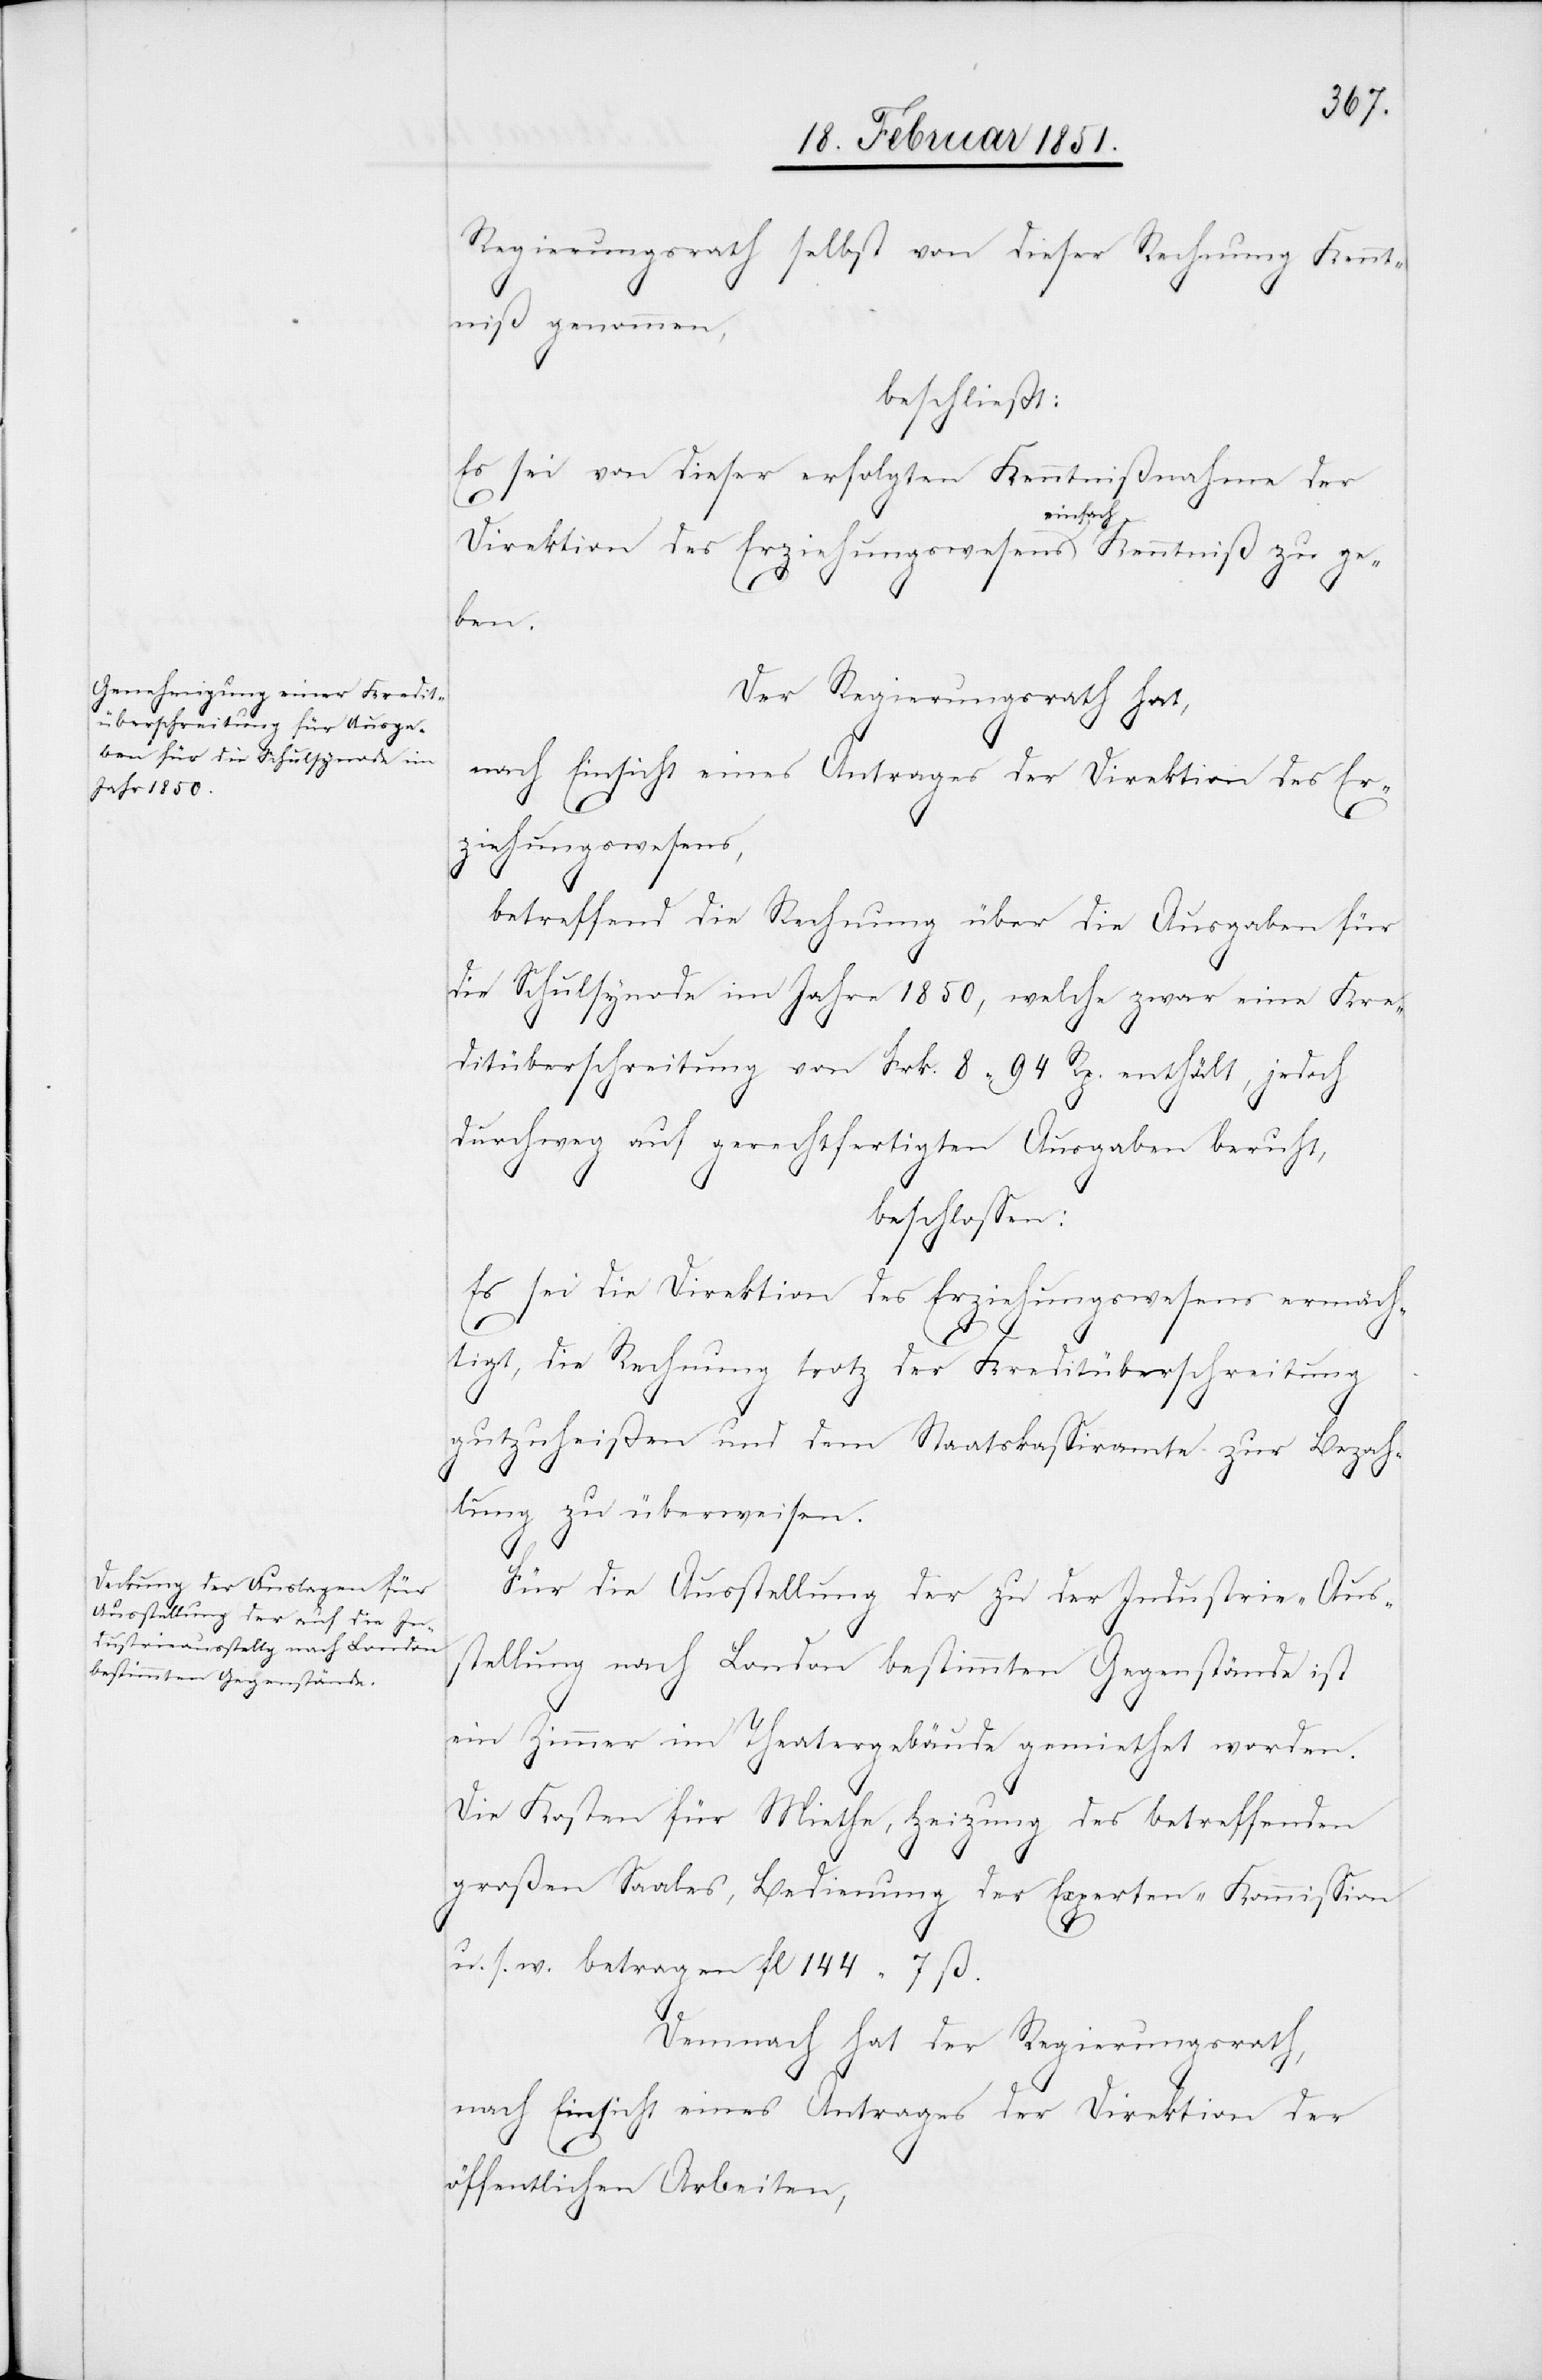
Regierungsrath selbst von dieser Rechnung Kennt¬
niß genommen,
beschließt:
Es sei von dieser erfolgten Kenntnißnahme der
Direktion des Erziehungswesens einfach Kenntniß zu ge¬
ben.
Der Regierungsrath hat,
nach Einsicht eines Antrages der Direktion des Er¬
ziehungswesens,
betreffend die Rechnung über die Ausgaben für
die Schulsynode im Jahre 1850, welche zwar eine Kre¬
ditüberschreitung von Frk. 8 94 Rp. enthält, jedoch
durchweg auf gerechtfertigten Ausgaben beruht,
beschlossen:
Es sei die Direktion des Erziehungswesens ermäch¬
tigt, die Rechnung trotz der Kreditüberschreitung
gutzuheißen und dem Staatskassiramte zur Bezah¬
lung zu überweisen.
Für die Ausstellung der zu der Industrie-Aus¬
stellung nach London bestimmten Gegenstände ist
ein Zimmer im Theatergebäude gemiethet worden.
Die Kosten für Miethe, Heizung des betreffenden
großen Saales, Bedienung der Experten-Kommission
u. s. w. betragen fl 144 7 ß.
Demnach hat der Regierungsrath,
nach Einsicht eines Antrages der Direktion der
öffentlichen Arbeiten,